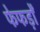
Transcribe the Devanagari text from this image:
फेफड़ोँ